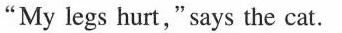
"My legs hurt," says the cat.